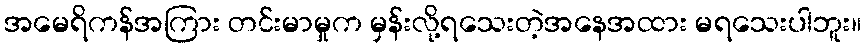
အမေရိကန်အကြား တင်းမာမှုက မှန်းလို့ရသေးတဲ့အနေအထား မရသေးပါဘူး။